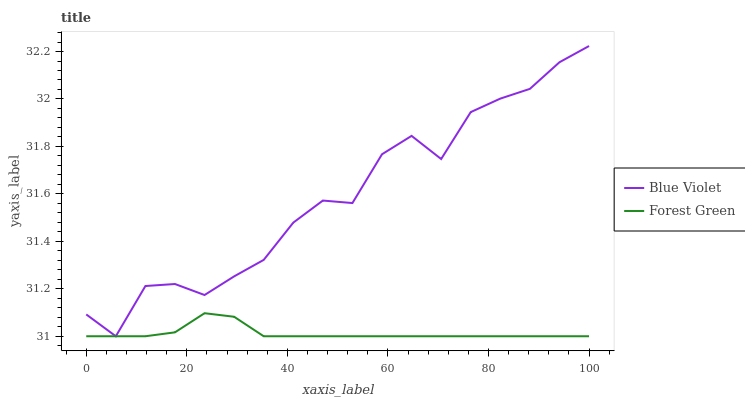
| xaxis_label | Blue Violet | Forest Green |
 | --- | --- | --- |
 | 0 | 31.1 | 31 |
 | 5.88 | 31 | 31 |
 | 11.8 | 31.2 | 31 |
 | 17.6 | 31.2 | 31 |
 | 23.5 | 31.2 | 31.1 |
 | 29.4 | 31.3 | 31.1 |
 | 35.3 | 31.3 | 31 |
 | 41.2 | 31.5 | 31 |
 | 47.1 | 31.6 | 31 |
 | 52.9 | 31.6 | 31 |
 | 58.8 | 31.8 | 31 |
 | 64.7 | 31.8 | 31 |
 | 70.6 | 31.7 | 31 |
 | 76.5 | 31.9 | 31 |
 | 82.4 | 32 | 31 |
 | 88.2 | 32 | 31 |
 | 94.1 | 32.2 | 31 |
 | 100 | 32.2 | 31 |